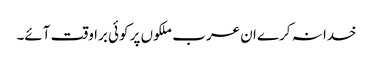
خدا نہ کرے ان عرب ملکوں پر کوئی برا وقت آئے۔